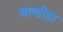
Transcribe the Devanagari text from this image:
बल्डीहा